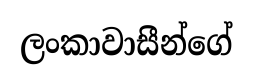
ලංකාවාසීන්ගේ